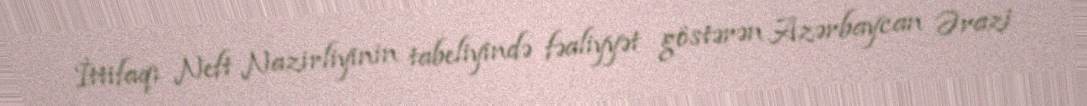
İttifaqı Neft Nazirliyinin tabeliyində fəaliyyət göstərən Azərbaycan Ərazi